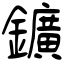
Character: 鑛